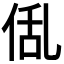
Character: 𠉗